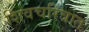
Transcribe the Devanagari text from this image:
शिवचरित्रात